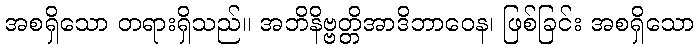
အစရှိသော တရားရှိသည်။ အဘိနိဗ္ဗတ္တိအာဒိဘာဝေန၊ ဖြစ်ခြင်း အစရှိသော